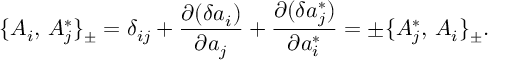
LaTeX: \{ A _ { i } , \, A _ { j } ^ { * } \} _ { \pm } = \delta _ { i j } + { \frac { \partial ( \delta a _ { i } ) } { \partial a _ { j } } } + { \frac { \partial ( \delta a _ { j } ^ { * } ) } { \partial a _ { i } ^ { * } } } = \pm \{ A _ { j } ^ { * } , \, A _ { i } \} _ { \pm } .